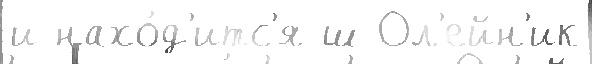
и нахо́д'итс'я ш Ол'ейн'ик